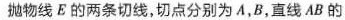
抛物线E的两条切线，切点分别为A，B，直线AB的